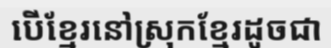
បើខ្មែរនៅស្រុកខ្មែរដូចជា